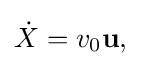
{\dot {X}}=v_{0}{\bf {u,}}